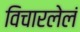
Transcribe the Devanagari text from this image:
विचारलेलं